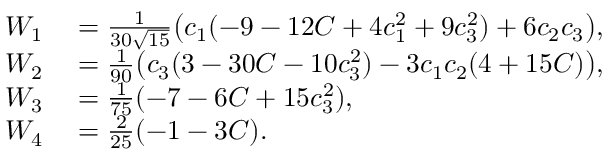
\begin{array} { r l } { W _ { 1 } } & { { } = \frac 1 { 3 0 \sqrt { 1 5 } } \big ( c _ { 1 } ( - 9 - 1 2 C + 4 c _ { 1 } ^ { 2 } + 9 c _ { 3 } ^ { 2 } ) + 6 c _ { 2 } c _ { 3 } \big ) , } \\ { W _ { 2 } } & { { } = \frac 1 { 9 0 } \big ( c _ { 3 } ( 3 - 3 0 C - 1 0 c _ { 3 } ^ { 2 } ) - 3 c _ { 1 } c _ { 2 } ( 4 + 1 5 C ) \big ) , } \\ { W _ { 3 } } & { { } = \frac 1 { 7 5 } ( - 7 - 6 C + 1 5 c _ { 3 } ^ { 2 } ) , } \\ { W _ { 4 } } & { { } = \frac 2 { 2 5 } ( - 1 - 3 C ) . } \end{array}